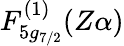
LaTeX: F_{5g_{7/2}}^{(1)}(Z\alpha)